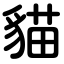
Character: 貓